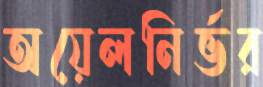
অয়েলনির্ভর